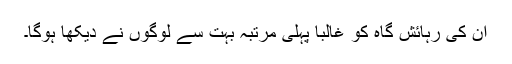
ان کی رہائش گاہ کو غالبا پہلی مرتبہ بہت سے لوگوں نے دیکھا ہوگا۔